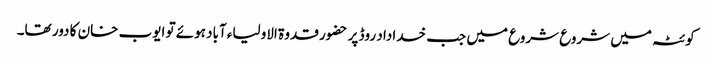
کوئٹہ میں شروع شروع میں جب خدا داد روڈ پر حضور قدوۃ الاولیاء آباد ہوئے تو ایوب خان کا دور تھا۔